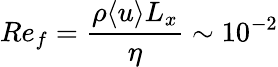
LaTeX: Re_{f}=\frac{\rho\langle u\rangle L_{x}}{\eta}\sim 10^{-2}